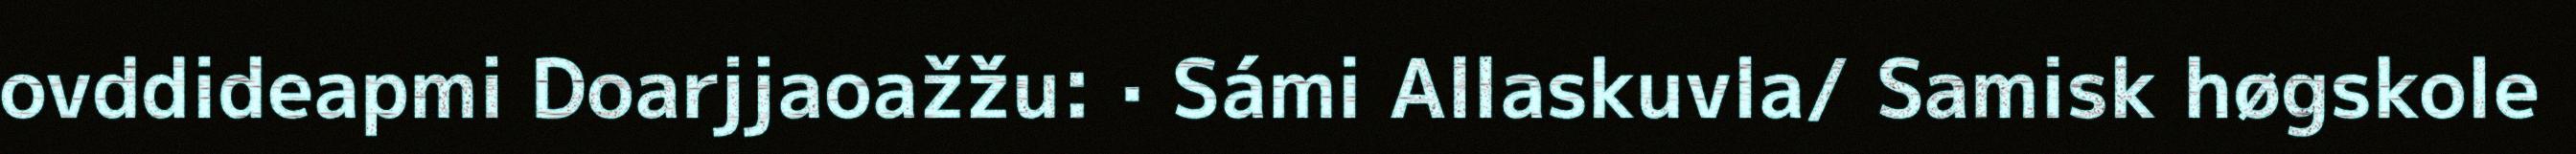
ovddideapmi Doarjjaoažžu: · Sámi Allaskuvla/ Samisk høgskole